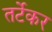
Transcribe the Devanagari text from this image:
तर्टेकर